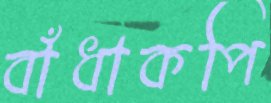
বাঁধাকপি